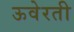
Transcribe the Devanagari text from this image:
ऊवेरती